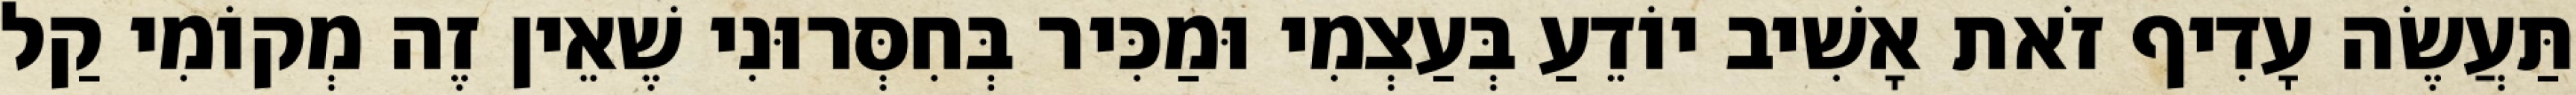
תַּעֲשֶׂה עָדִיף זֹאת אָשִׁיב יוֹדֵעַ בְּעַצְמִי וּמַכִּיר בְּחִסְּרוּנִי שֶׁאֵין זֶה מְקוֹמִי קַל